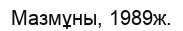
Мазмұны, 1989ж.